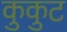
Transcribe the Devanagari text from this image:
कुकुट